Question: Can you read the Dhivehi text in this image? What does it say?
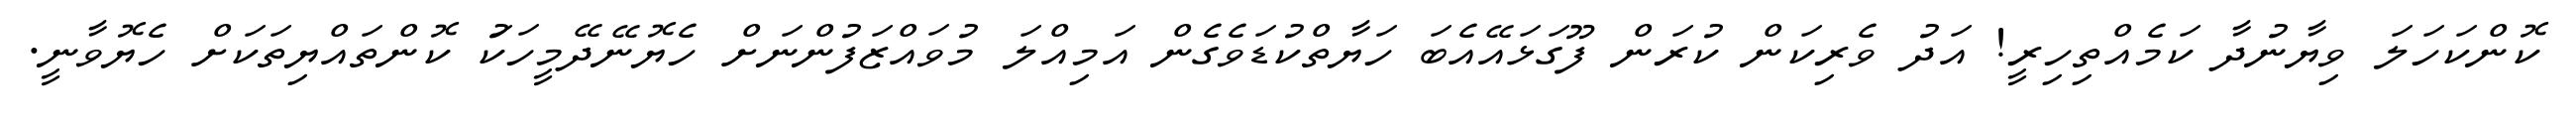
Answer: ކޮންކަހަލަ ވިޔާނުދާ ކަމެއްތިހިރީ! އަދު ވެރިކަން ކުރަން ފޫގަޅައޭއެބަ ހަޔާތްކުޑަވެގެން އަމިއްލަ މުވައްޒަފުންނަށް ހެޔޮނޭދޭމީހަކަު ކޮންތައްޔިތަކަށް ހެޔޮވާނީ.